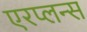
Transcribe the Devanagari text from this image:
एरप्लन्स